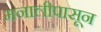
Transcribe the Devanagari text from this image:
मनालीपासून